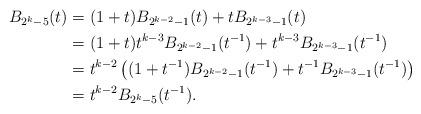
LaTeX: \begin{align*} B_{2^k-5}( t) &=( 1+t) B_{2^{k-2}-1}( t) +tB_{2^{k-3}-1}( t) \\ &=( 1+t) t^{k-3}B_{2^{k-2}-1}( t^{-1}) +t^{k-3}B_{2^{k-3}-1}( t^{-1}) \\ &=t^{k-2} \left( ( 1+t^{-1}) B_{2^{k-2}-1}( t^{-1}) +t^{-1}B_{2^{k-3}-1}( t^{-1}) \right) \\ &=t^{k-2}B_{2^k-5}( t^{-1}) . \\ \end{align*}